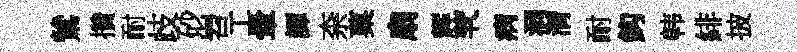
鷥攢耐歧砂岧工暈譚柰菓扇辉茕病洞潸耐鈎韩緋披